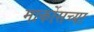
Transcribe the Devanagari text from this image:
मार्कोसच्या